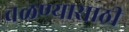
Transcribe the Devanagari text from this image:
वळण्यासाठी